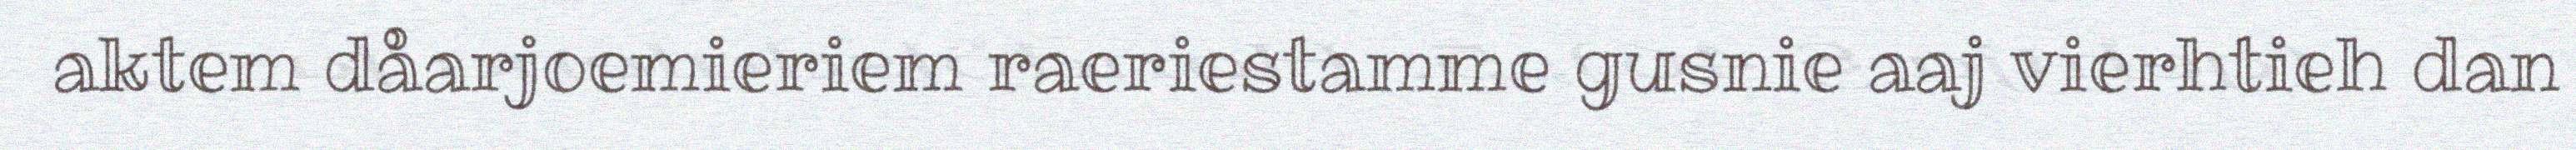
aktem dåarjoemieriem raeriestamme gusnie aaj vierhtieh dan